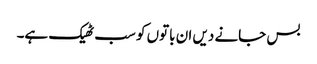
بس جانے دیں ان باتوں کو سب ٹھیک ہے۔